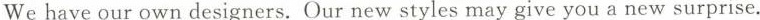
We have our own designers. Our new styles may give you a new surprise.